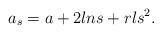
LaTeX: \begin{align*}a_{s}=a+2lns+rls^{2}.\end{align*}